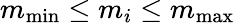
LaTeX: m_{\operatorname*{min}}\le m_{i}\le m_{\operatorname*{max}}